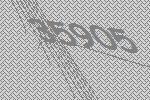
35905